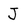
Character: J